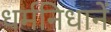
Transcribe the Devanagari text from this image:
धर्मनिधानें